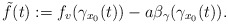
\begin{align*}\tilde{f}(t):=f_v(\gamma_{x_0}(t)) - a\beta_{\gamma}(\gamma_{x_0}(t)).\end{align*}